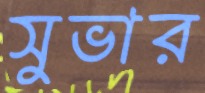
সুভার